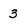
Character: 3